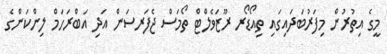
މީގެ އިތުރުން މިފަރުބަދައިގައި ތިއޯޑޯރ ރޫޒަވެލްޓް ތޯމަސް ޖެފަރސަން އަދި އަބްރަހަމް ލިންކަންގެ